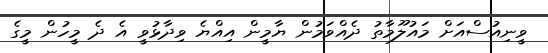
ވީނިއުސްއަށް މައުލޫމާތު ދެއްވަމުން ޔާމީން އިއްޔެ ވިދާޅުވީ އެ ދެ މީހުން މީގެ